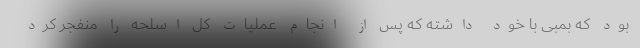
بود که بمبی با خود داشته که پس از انجام عملیات کل اسلحه را منفجر کرد